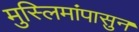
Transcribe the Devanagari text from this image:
मुस्लिमांपासुन